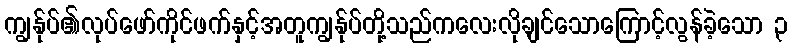
ကျွန်ုပ်၏လုပ်ဖော်ကိုင်ဖက်နှင့်အတူကျွန်ုပ်တို့သည်ကလေးလိုချင်သောကြောင့်လွန်ခဲ့သော ၃